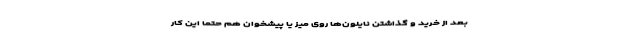
بعد از خرید و گذاشتن نایلون‌ها روی میز یا پیشخوان هم حتماً این کار